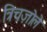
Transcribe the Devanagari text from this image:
त्रिचज़ोले